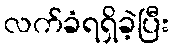
လက်ခံရရှိခဲ့ပြီး